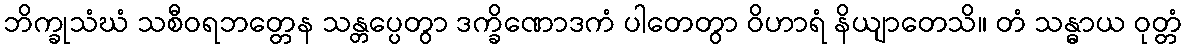
ဘိက္ခုသံဃံ သစီဝရဘတ္တေန သန္တပ္ပေတွာ ဒက္ခိဏောဒကံ ပါတေတွာ ဝိဟာရံ နိယျာတေသိ။ တံ သန္ဓာယ ဝုတ္တံ